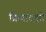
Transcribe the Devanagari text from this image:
क्रियादक्षो